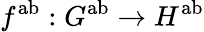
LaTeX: f^{\mathrm{ab}}:G^{\mathrm{ab}}\to H^{\mathrm{ab}}